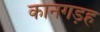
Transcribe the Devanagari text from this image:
कानगड़ह